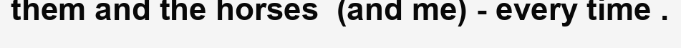
them and the horses  (and me) - every time .